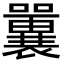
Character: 𡄿